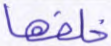
خلفها